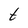
Character: t